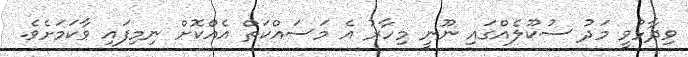
ވިދާޅުވީ މަދު ސުކޫލެއްގައި ނޫނީ މިހާރު އެ މަސައްކަތް އެއްކޮށް ނިމިފައި ވާކަމަށެވެ.